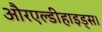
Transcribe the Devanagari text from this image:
औरएल्डीहाइड्स।